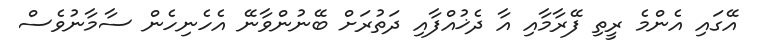
އޭގައި އެންމެ ރީތި ފޭރާމާއި އާ ދެޚުއްފާއި ދަތުރަށް ބޭނުންވާނޭ އެހެނިހެން ސާމާނުވެސް